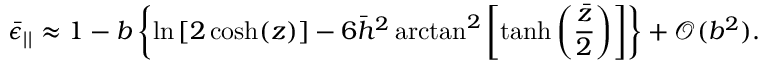
\bar { \epsilon } _ { | | } \approx 1 - b \left\lbrace \ln \left[ 2 \cosh ( z ) \right] - 6 \bar { h } ^ { 2 } \arctan ^ { 2 } \left[ \operatorname { t a n h } \left( \frac { \bar { z } } { 2 } \right) \right] \right\rbrace + \mathcal { O } ( b ^ { 2 } ) .